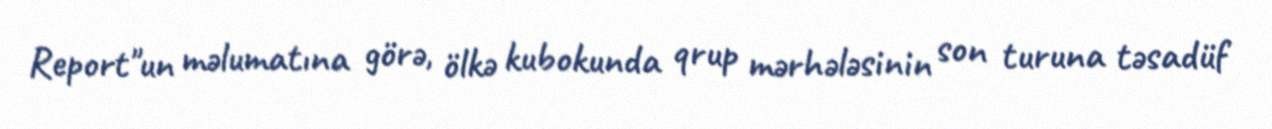
Report"un məlumatına görə, ölkə kubokunda qrup mərhələsinin son turuna təsadüf